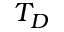
T _ { D }